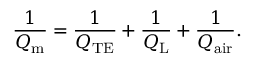
\frac { 1 } { Q _ { \mathrm { m } } } = \frac { 1 } { Q _ { \mathrm { T E } } } + \frac { 1 } { Q _ { \mathrm { L } } } + \frac { 1 } { Q _ { \mathrm { a i r } } } .